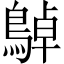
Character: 𪂱